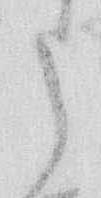
う